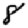
Digit: 8